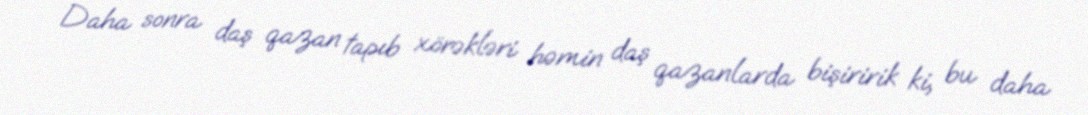
Daha sonra daş qazan tapıb xörəkləri həmin daş qazanlarda bişiririk ki, bu daha